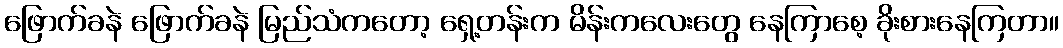
ဖြောက်ခနဲ ဖြောက်ခနဲ မြည်သံကတော့ ရှေ့တန်းက မိန်းကလေးတွေ နေကြာစေ့ ခိုးစားနေကြတာ။